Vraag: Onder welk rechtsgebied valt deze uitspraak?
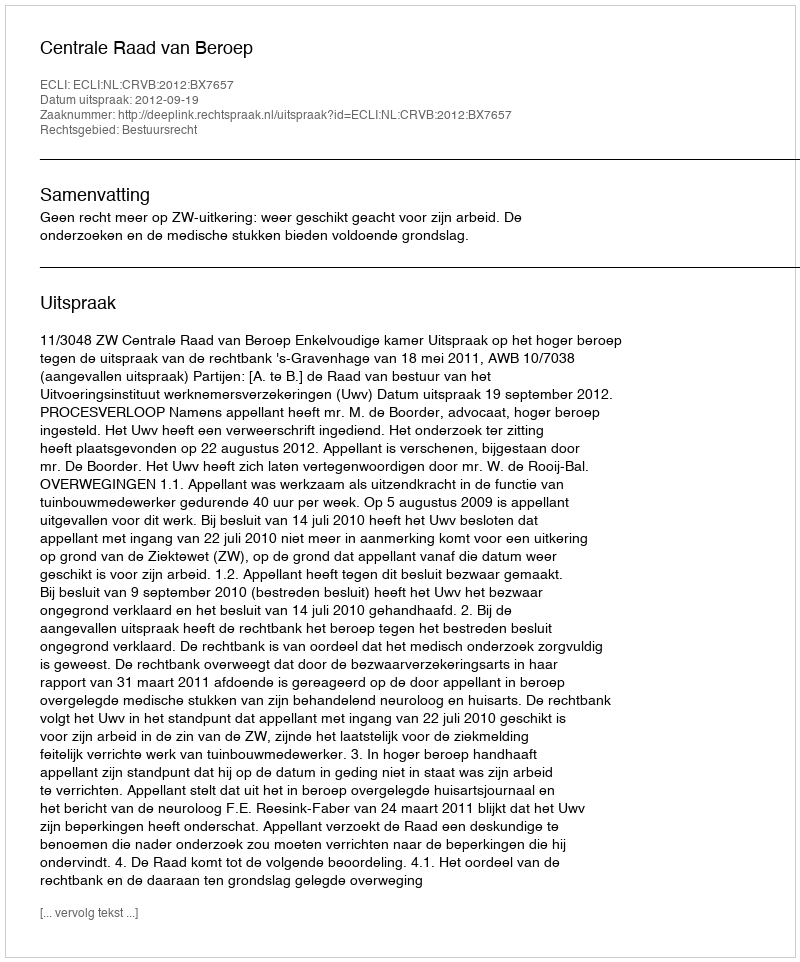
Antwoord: Bestuursrecht